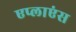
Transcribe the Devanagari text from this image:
एप्लाएंस